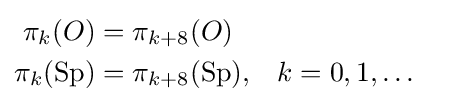
{\begin{aligned}\pi _{k}(O)&=\pi _{k+8}(O)\\\pi _{k}(\operatorname {Sp} )&=\pi _{k+8}(\operatorname {Sp} ),&&k=0,1,\ldots \end{aligned}}